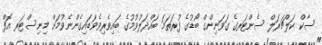
ސާކް ކަލްޗަރަލް ސެންޓަރގެ ގަވަނިންގް ބޯޑުގެ ފުރަތަމަ ބައްދަލުވުމުގެ ބައިވެރިވެވަޑައިގެންނެވުމަށް މިނިސްޓަރ އޮފް